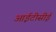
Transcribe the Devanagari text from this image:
आईटीसीई